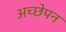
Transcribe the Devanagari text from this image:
अच्छेपन